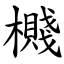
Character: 㰄